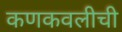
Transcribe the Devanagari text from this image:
कणकवलीची